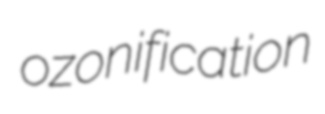
ozonification